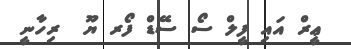
ޢީރް އައި ފީލް ސޯ ސޭޑް ފޯރ ޔޫ  ރިހާނީ